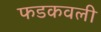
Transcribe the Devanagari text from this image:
फडकवली